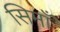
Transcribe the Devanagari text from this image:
सिमाँ